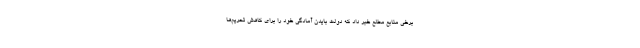
برخی منابع مطلع خبر داد که دولت بایدن آمادگی خود را برای کاهش تحریم‌ها